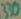
Text: 330